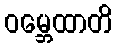
ဝမ္ဘေထာတိ